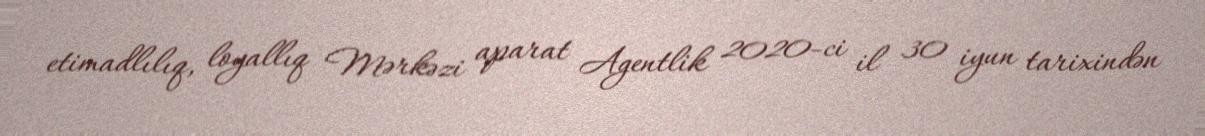
etimadlılıq, loyallıq Mərkəzi aparat Agentlik 2020-ci il 30 iyun tarixindən